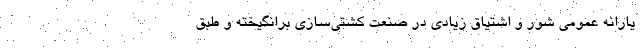
یارانه عمومی شور و اشتیاق زیادی در صنعت کشتی‌سازی برانگیخته و طبق